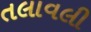
તલાવલી